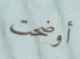
أوضحت